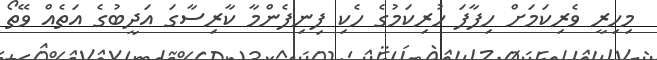
މިހިރީ ވެރިކަމަށް ހިފާފަ ހުރިކަމުގެ ހެކި ފިނިފެންމާ ކާރިސާގަ އަދީބުގެ އަތެއް ވޭތޯ